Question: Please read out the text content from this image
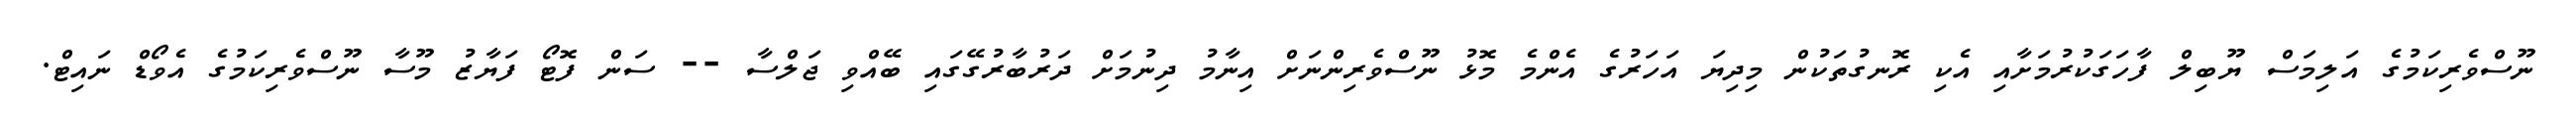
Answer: ނޫސްވެރިކަމުގެ އަލިމަސް ޔޫބިލް ފާހަގަކުރުމަށާއި އެކި ރޮނގުތަކުން މިދިޔަ އަހަރުގެ އެންމެ މޮޅު ނޫސްވެރިންނަށް އިނާމު ދިނުމަށް ދަރުބާރުގޭގައި ބޭއްވި ޖަލްސާ -- ސަން ފޮޓޯ ފަޔާޒު މޫސާ ނޫސްވެރިކަމުގެ އެވޯޑް ނައިޓް.